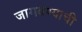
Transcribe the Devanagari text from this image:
जागवण्याची